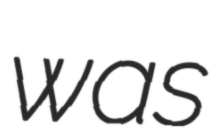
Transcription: was